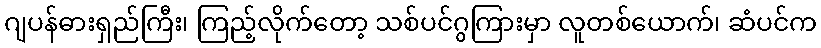
ဂျပန်ဓားရှည်ကြီး၊ ကြည့်လိုက်တော့ သစ်ပင်ဂွကြားမှာ လူတစ်ယောက်၊ ဆံပင်က